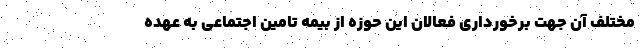
مختلف آن جهت برخورداری فعالان این حوزه از بیمه تامین اجتماعی به عهده